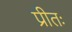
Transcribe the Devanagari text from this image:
प्रीतः